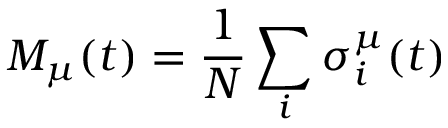
M _ { \mu } ( t ) = \frac { 1 } { N } \sum _ { i } \sigma _ { i } ^ { \mu } ( t )